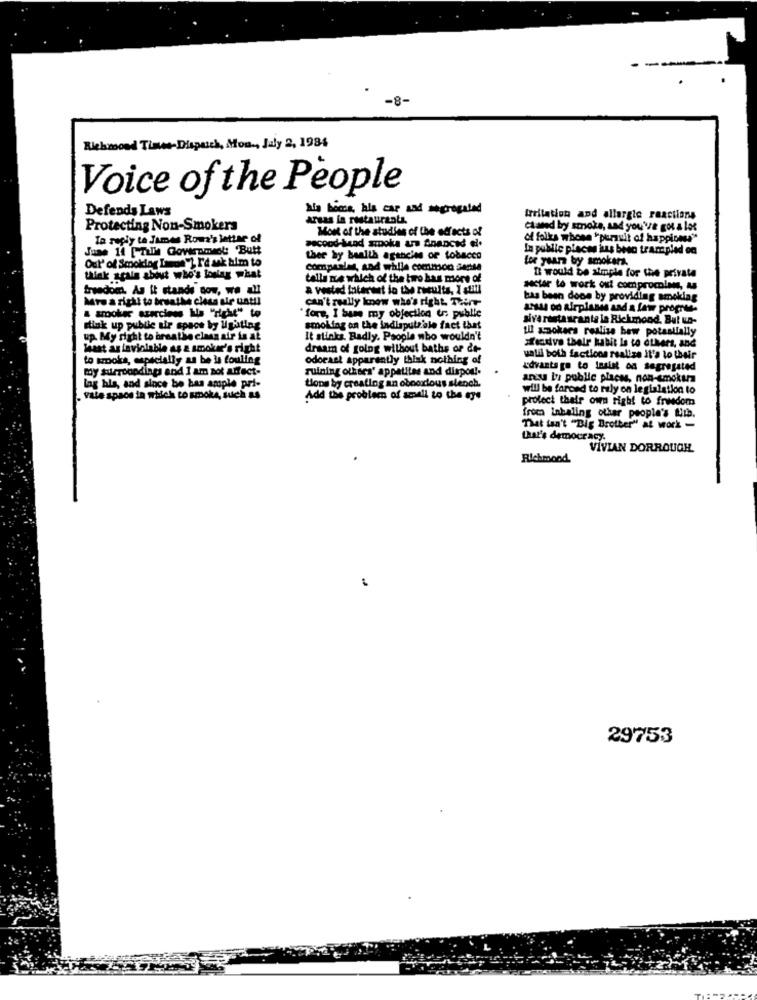
-8-
Richmond Times-Dispatch, Mon, July 2, 1984
Voice of the People
his home, his car and improgated
Defends Laws
Areas in restaurants.
Irritation and allergie reactions
Protecting Non-Smokers
Most of the studies of the effects of
caused by smoke, and you've got a lot
To reply to James Roma's letter of
of folly whose "pursuit of happiness"
June 14 [Tulle Government: 'Butt
second-head sroku urs financed el.
In public places kus beso trampled on
Out' of Smoking Imon "? I'd ask him to
ther by health agancies of tobacco
for years by smokera.
compeale, and while common sense
think spain about who's loslag what
talla nie which of the two has more of
I would be almple for the private
freedom, As it stands now, we all
a vested interest in the results, I still
Hctar to work out comprocolas, as
Mro a right to bruathe class sir uat !!
can't really know who's right. Tilt-
bas been done by providing smoking
& amookur szerciens Lis "right" wo
assu od Airplanes and a few propres-
"fors, I base my objection us public
siverestaurante la Richmond. But wa-
stink up public air space by lighting
smoking on the indisputziale fact that
Ill smokers realise bew potentially
up. My right to breathe clean air is at
It stinks. Badly. People who wouldn't
least as laviolable as & smoker's right
drsam of going without baths or de-
Kendive their habit is to others, and
to smoke, especially as be is fouling
odorae! apparently thisk nothing of
ualil both facticon realize it's to their
my surroundings and I am not affect-
ruining others' appetites and dispon !-
udvants go to insist on segregated
areu bri public places, non-emokura
Lag his, and since be bas ample pri-
Lons by creating an obnoxious stench.
will be forced to rely on legislation to
vale space in which to smoke, such as
Add the problem of small to the eye
protect their own right to freedom
from Inhaling other people's Lib.
That isn't "Big Brother" at work -
that's democracy.
VIVIAN DORROUGH
Richmond.
29753